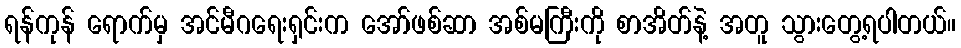
ရန်ကုန် ရောက်မှ အင်မီဂရေးရှင်းက အော်ဖစ်ဆာ အစ်မကြီးကို စာအိတ်နဲ့ အတူ သွားတွေ့ရပါတယ်။